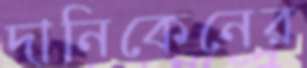
দানিকেনের